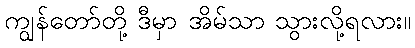
ကျွန်တော်တို့ ဒီမှာ အိမ်သာ သွားလို့ရလား။